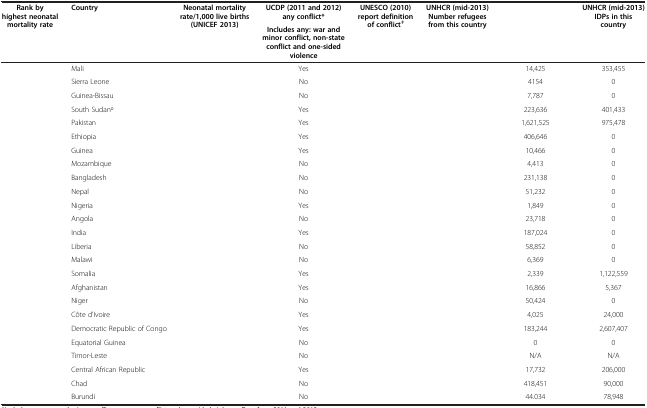
<table><thead><tr><td><b>Rank by highest neonatal mortality rate</b></td><td><b>Country</b></td><td><b>Neonatal mortality rate/1,000 live births (UNICEF 2013)</b></td><td><b>UCDP (2011 and 2012) any conflict*</b></td><td><b>UNESCO (2010) report definition of conflict<sup><i>ǂ</i></sup></b></td><td><b>UNHCR (mid-2013) Number refugees from this country</b></td><td>[EMPTY_CELL]</td><td><b>UNHCR (mid-2013) IDPs in this country</b></td></tr><tr><td>[EMPTY_CELL]</td><td>[EMPTY_CELL]</td><td>[EMPTY_CELL]</td><td><b>Includes any: war and minor conflict, non-state conflict and one-sided violence</b></td><td>[EMPTY_CELL]</td><td>[EMPTY_CELL]</td><td>[EMPTY_CELL]</td><td>[EMPTY_CELL]</td></tr></thead><tbody><tr><td>[EMPTY_CELL]</td><td>Mali</td><td>[EMPTY_CELL]</td><td>Yes</td><td>[EMPTY_CELL]</td><td>[EMPTY_CELL]</td><td>14,425</td><td>353,455</td></tr><tr><td>[EMPTY_CELL]</td><td>Sierra Leone</td><td>[EMPTY_CELL]</td><td>No</td><td>[EMPTY_CELL]</td><td>[EMPTY_CELL]</td><td>4154</td><td>0</td></tr><tr><td>[EMPTY_CELL]</td><td>Guinea-Bissau</td><td>[EMPTY_CELL]</td><td>No</td><td>[EMPTY_CELL]</td><td>[EMPTY_CELL]</td><td>7,787</td><td>0</td></tr><tr><td>[EMPTY_CELL]</td><td>South Sudan°</td><td>[EMPTY_CELL]</td><td>Yes</td><td>[EMPTY_CELL]</td><td>[EMPTY_CELL]</td><td>223,636</td><td>401,433</td></tr><tr><td>[EMPTY_CELL]</td><td>Pakistan</td><td>[EMPTY_CELL]</td><td>Yes</td><td>[EMPTY_CELL]</td><td>[EMPTY_CELL]</td><td>1,621,525</td><td>975,478</td></tr><tr><td>[EMPTY_CELL]</td><td>Ethiopia</td><td>[EMPTY_CELL]</td><td>Yes</td><td>[EMPTY_CELL]</td><td>[EMPTY_CELL]</td><td>406,646</td><td>0</td></tr><tr><td>[EMPTY_CELL]</td><td>Guinea</td><td>[EMPTY_CELL]</td><td>Yes</td><td>[EMPTY_CELL]</td><td>[EMPTY_CELL]</td><td>10,466</td><td>0</td></tr><tr><td>[EMPTY_CELL]</td><td>Mozambique</td><td>[EMPTY_CELL]</td><td>No</td><td>[EMPTY_CELL]</td><td>[EMPTY_CELL]</td><td>4,413</td><td>0</td></tr><tr><td>[EMPTY_CELL]</td><td>Bangladesh</td><td>[EMPTY_CELL]</td><td>No</td><td>[EMPTY_CELL]</td><td>[EMPTY_CELL]</td><td>231,138</td><td>0</td></tr><tr><td>[EMPTY_CELL]</td><td>Nepal</td><td>[EMPTY_CELL]</td><td>No</td><td>[EMPTY_CELL]</td><td>[EMPTY_CELL]</td><td>51,232</td><td>0</td></tr><tr><td>[EMPTY_CELL]</td><td>Nigeria</td><td>[EMPTY_CELL]</td><td>Yes</td><td>[EMPTY_CELL]</td><td>[EMPTY_CELL]</td><td>1,849</td><td>0</td></tr><tr><td>[EMPTY_CELL]</td><td>Angola</td><td>[EMPTY_CELL]</td><td>No</td><td>[EMPTY_CELL]</td><td>[EMPTY_CELL]</td><td>23,718</td><td>0</td></tr><tr><td>[EMPTY_CELL]</td><td>India</td><td>[EMPTY_CELL]</td><td>Yes</td><td>[EMPTY_CELL]</td><td>[EMPTY_CELL]</td><td>187,024</td><td>0</td></tr><tr><td>[EMPTY_CELL]</td><td>Liberia</td><td>[EMPTY_CELL]</td><td>No</td><td>[EMPTY_CELL]</td><td>[EMPTY_CELL]</td><td>58,852</td><td>0</td></tr><tr><td>[EMPTY_CELL]</td><td>Malawi</td><td>[EMPTY_CELL]</td><td>No</td><td>[EMPTY_CELL]</td><td>[EMPTY_CELL]</td><td>6,369</td><td>0</td></tr><tr><td>[EMPTY_CELL]</td><td>Somalia</td><td>[EMPTY_CELL]</td><td>Yes</td><td>[EMPTY_CELL]</td><td>[EMPTY_CELL]</td><td>2,339</td><td>1,122,559</td></tr><tr><td>[EMPTY_CELL]</td><td>Afghanistan</td><td>[EMPTY_CELL]</td><td>Yes</td><td>[EMPTY_CELL]</td><td>[EMPTY_CELL]</td><td>16,866</td><td>5,367</td></tr><tr><td>[EMPTY_CELL]</td><td>Niger</td><td>[EMPTY_CELL]</td><td>No</td><td>[EMPTY_CELL]</td><td>[EMPTY_CELL]</td><td>50,424</td><td>0</td></tr><tr><td>[EMPTY_CELL]</td><td>Côte d’Ivoire</td><td>[EMPTY_CELL]</td><td>Yes</td><td>[EMPTY_CELL]</td><td>[EMPTY_CELL]</td><td>4,025</td><td>24,000</td></tr><tr><td>[EMPTY_CELL]</td><td>Democratic Republic of Congo</td><td>[EMPTY_CELL]</td><td>Yes</td><td>[EMPTY_CELL]</td><td>[EMPTY_CELL]</td><td>183,244</td><td>2,607,407</td></tr><tr><td>[EMPTY_CELL]</td><td>Equatorial Guinea</td><td>[EMPTY_CELL]</td><td>No</td><td>[EMPTY_CELL]</td><td>[EMPTY_CELL]</td><td>0</td><td>0</td></tr><tr><td>[EMPTY_CELL]</td><td>Timor-Leste</td><td>[EMPTY_CELL]</td><td>No</td><td>[EMPTY_CELL]</td><td>[EMPTY_CELL]</td><td>N/A</td><td>N/A</td></tr><tr><td>[EMPTY_CELL]</td><td>Central African Republic</td><td>[EMPTY_CELL]</td><td>Yes</td><td>[EMPTY_CELL]</td><td>[EMPTY_CELL]</td><td>17,732</td><td>206,000</td></tr><tr><td>[EMPTY_CELL]</td><td>Chad</td><td>[EMPTY_CELL]</td><td>No</td><td>[EMPTY_CELL]</td><td>[EMPTY_CELL]</td><td>418,451</td><td>90,000</td></tr><tr><td>[EMPTY_CELL]</td><td>Burundi</td><td>[EMPTY_CELL]</td><td>No</td><td>[EMPTY_CELL]</td><td>[EMPTY_CELL]</td><td>44.034</td><td>78,948</td></tr></tbody></table>